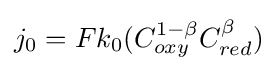
j_{0}=Fk_{0}(C_{oxy}^{1-\beta }C_{red}^{\beta })